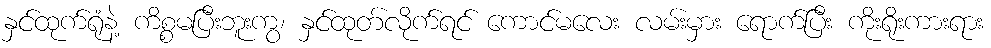
နှင်ထုက်ရုံနဲ့ ကိစ္စမပြီးဘူးကွ၊ နှင်ထုတ်လိုက်ရင် ကောင်မလေး လမ်းမှား ရောက်ပြီး ကိုးရိုးကားရား